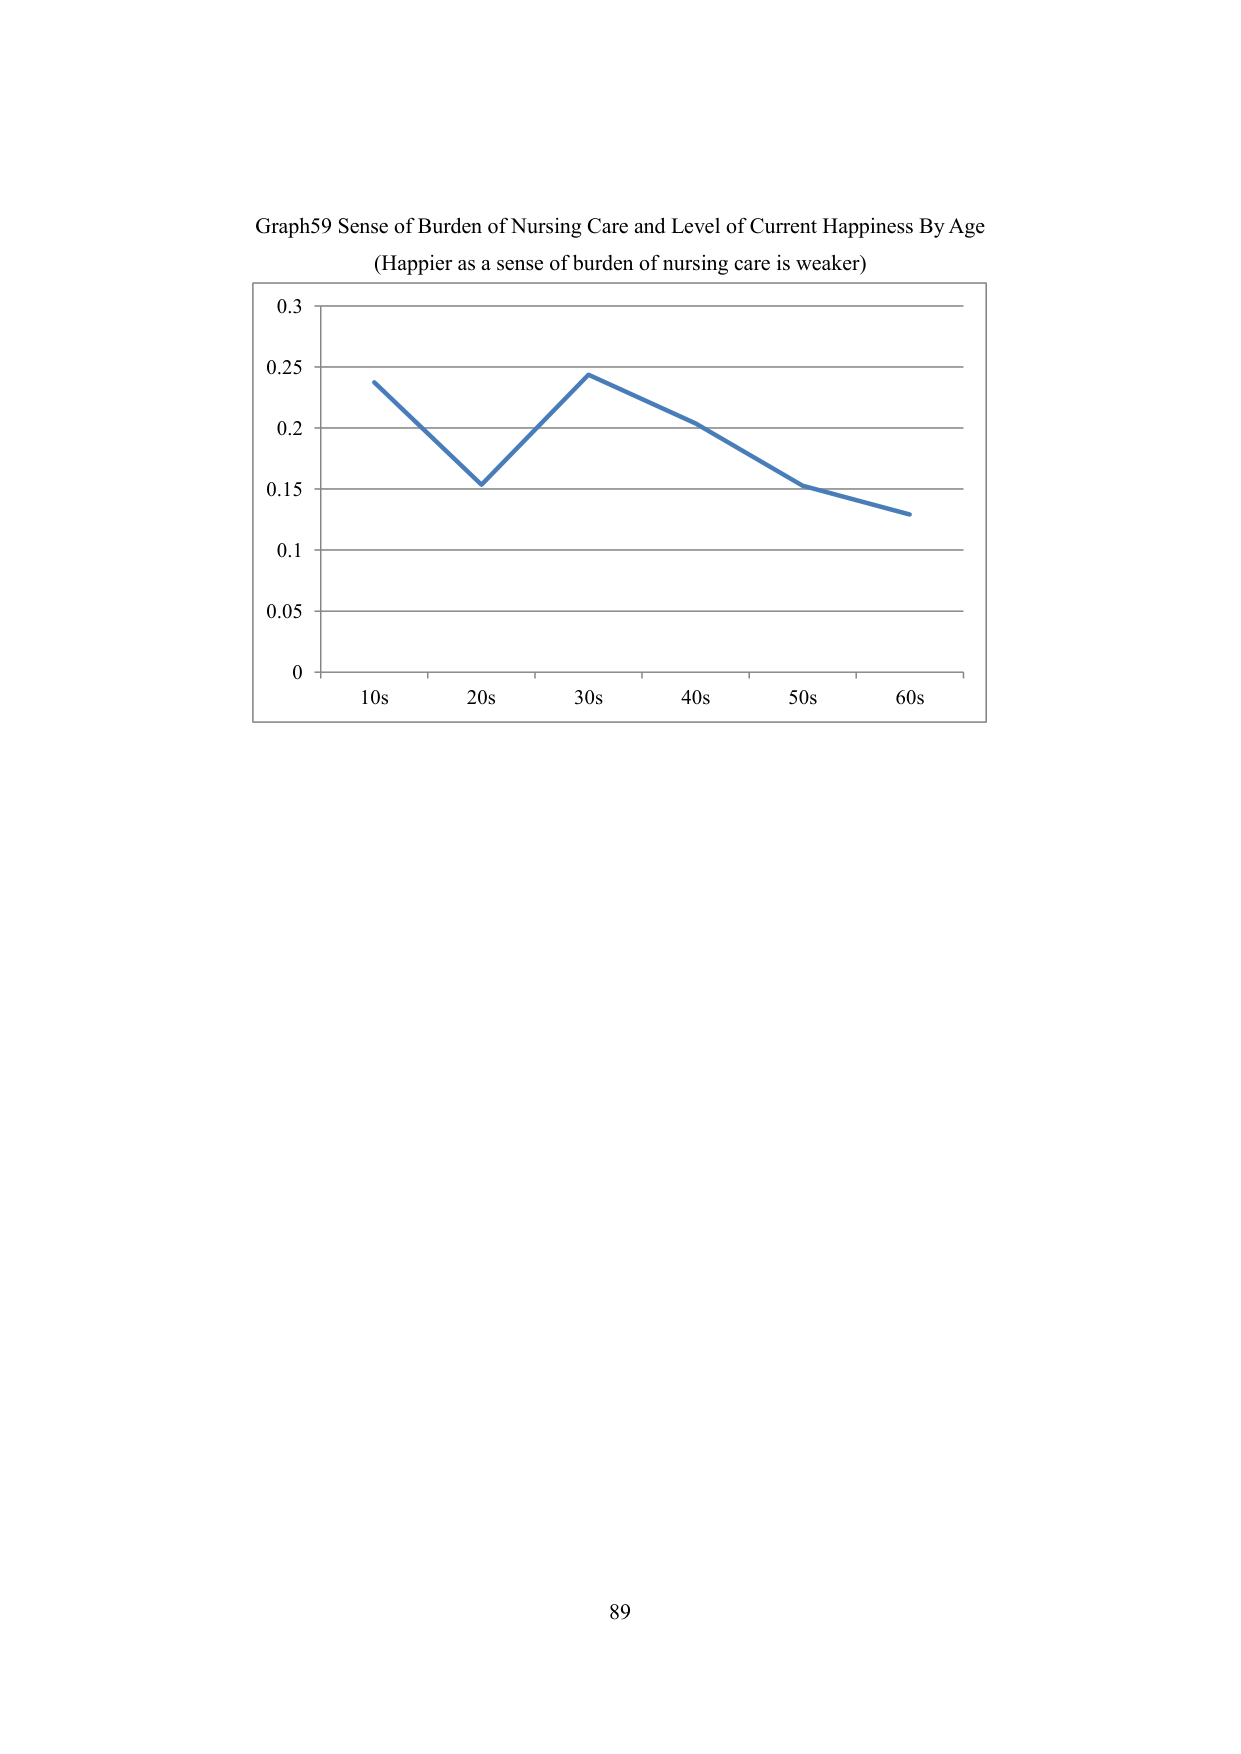
Graph59 Sense of Burden of Nursing Care and Level of Current Happiness By Age
(Happier as a sense of burden of nursing care is weaker)

0.3
0.25
0.2
0.15
0.1
0.05
0

10s    20s    30s    40s    50s    60s

89